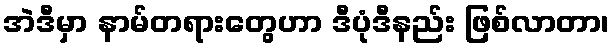
အဲဒီမှာ နာမ်တရားတွေဟာ ဒီပုံဒီနည်း ဖြစ်လာတာ၊